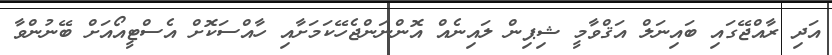
އަދި ރާއްޖޭގައި ބައިނަލް އަޤްވާމީ ޝިޕިން ލައިނެއް އޮންނަންޖެހޭކަމަށާއި ހާއްސަކޮށް އެސްޓީއޯއަށް ބޭނުންވާ